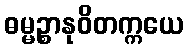
ဓမ္မဉ္စာနုဝိတက္ကယေ